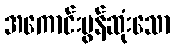
အကောင်းမွန်ဆုံးသော